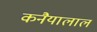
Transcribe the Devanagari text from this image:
कनैयालाल